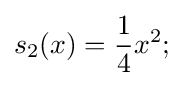
s_{2}(x)={\frac {1}{4}}x^{2};